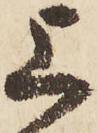
上